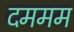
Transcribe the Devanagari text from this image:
दममम